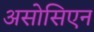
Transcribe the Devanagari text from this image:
असोसिएन